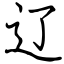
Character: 辽